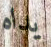
يداه